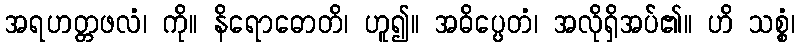
အရဟတ္တဖလံ၊ ကို။ နိရောဓောတိ၊ ဟူ၍။ အဓိပ္ပေတံ၊ အလိုရှိအပ်၏။ ဟိ သစ္စံ၊